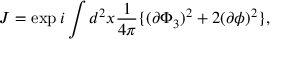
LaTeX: J = \exp i \int d ^ { 2 } x \frac { 1 } { 4 \pi } \{ ( \partial \Phi _ { 3 } ) ^ { 2 } + 2 ( \partial \phi ) ^ { 2 } \} ,